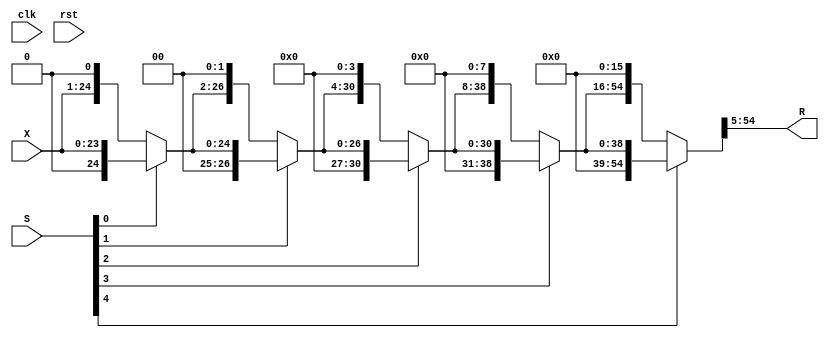
//--------------------------------------------------------------------------------------------
//
// Generated by X-HDL VHDL Translator - Version 2.0.0 Feb. 1, 2011
// Mon Apr 21 2014 01:17:53
//
//      Input file      : 
//      Component name  : fpaddsub_8_23_uid2_rightshifter
//      Author          : 
//      Company         : 
//
//      Description     : 
//
//
//--------------------------------------------------------------------------------------------

module FPAddSub_8_23_uid2_RightShifter(clk, rst, X, S, R);
   input         clk;
   input         rst;
   input [23:0]  X;
   input [4:0]   S;
   output [49:0] R;
   wire [23:0]   level0;
   wire [4:0]    ps;
   wire [24:0]   level1;
   wire [26:0]   level2;
   wire [30:0]   level3;
   wire [38:0]   level4;
   wire [54:0]   level5;
   /*
   always @(posedge clk)
      
         ;
   */
	assign level0 = X;
   assign ps = S;
   assign level1 = (ps[0] == 1'b1) ? {1'b0, level0} : 
                   {level0, 1'b0};
   assign level2 = (ps[1] == 1'b1) ? {2'b00, level1} : 
                   {level1, 2'b00};
   assign level3 = (ps[2] == 1'b1) ? {4'b0000, level2} : 
                   {level2, 4'b0000};
   assign level4 = (ps[3] == 1'b1) ? {8'b00000000, level3} : 
                   {level3, 8'b00000000};
   assign level5 = (ps[4] == 1'b1) ? {16'b0000000000000000, level4} : 
                   {level4, 16'b0000000000000000};
   assign R = level5[54:5];
   
endmodule